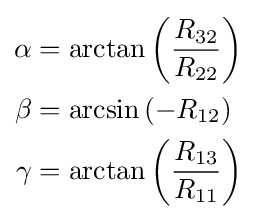
{\begin{aligned}\alpha &=\arctan \left({\frac {R_{32}}{R_{22}}}\right)\\\beta &=\arcsin \left(-R_{12}\right)\\\gamma &=\arctan \left({\frac {R_{13}}{R_{11}}}\right)\end{aligned}}